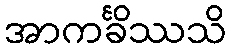
အာကင်္ခိဿသိ